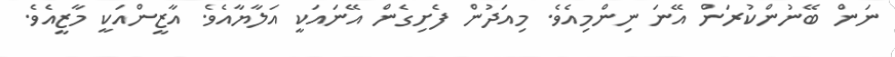
ނަން ބޭނުންކުރަން އޭނަ ނިންމިއެވެ. މިއަދުން ފެށިގެން އޭނައަކީ އަލާޔާއެވެ. އާޒީންއަކީ މާޒީއެވެ.